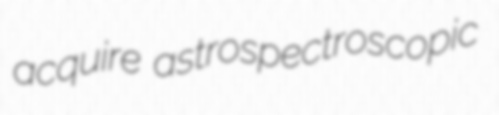
acquire astrospectroscopic